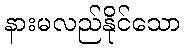
နားမလည်နိုင်သော